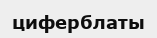
циферблаты